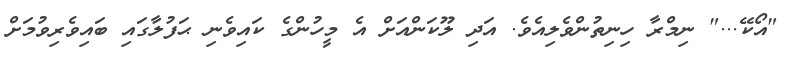
"އޯކޭ..." ނިމްރާ ހިނިތުންވެލިއެވެ. އަދި ލޫކަންއަށް އެ މީހުންގެ ކައިވެނި ޙަފުލާގައި ބައިވެރިވުމަށް